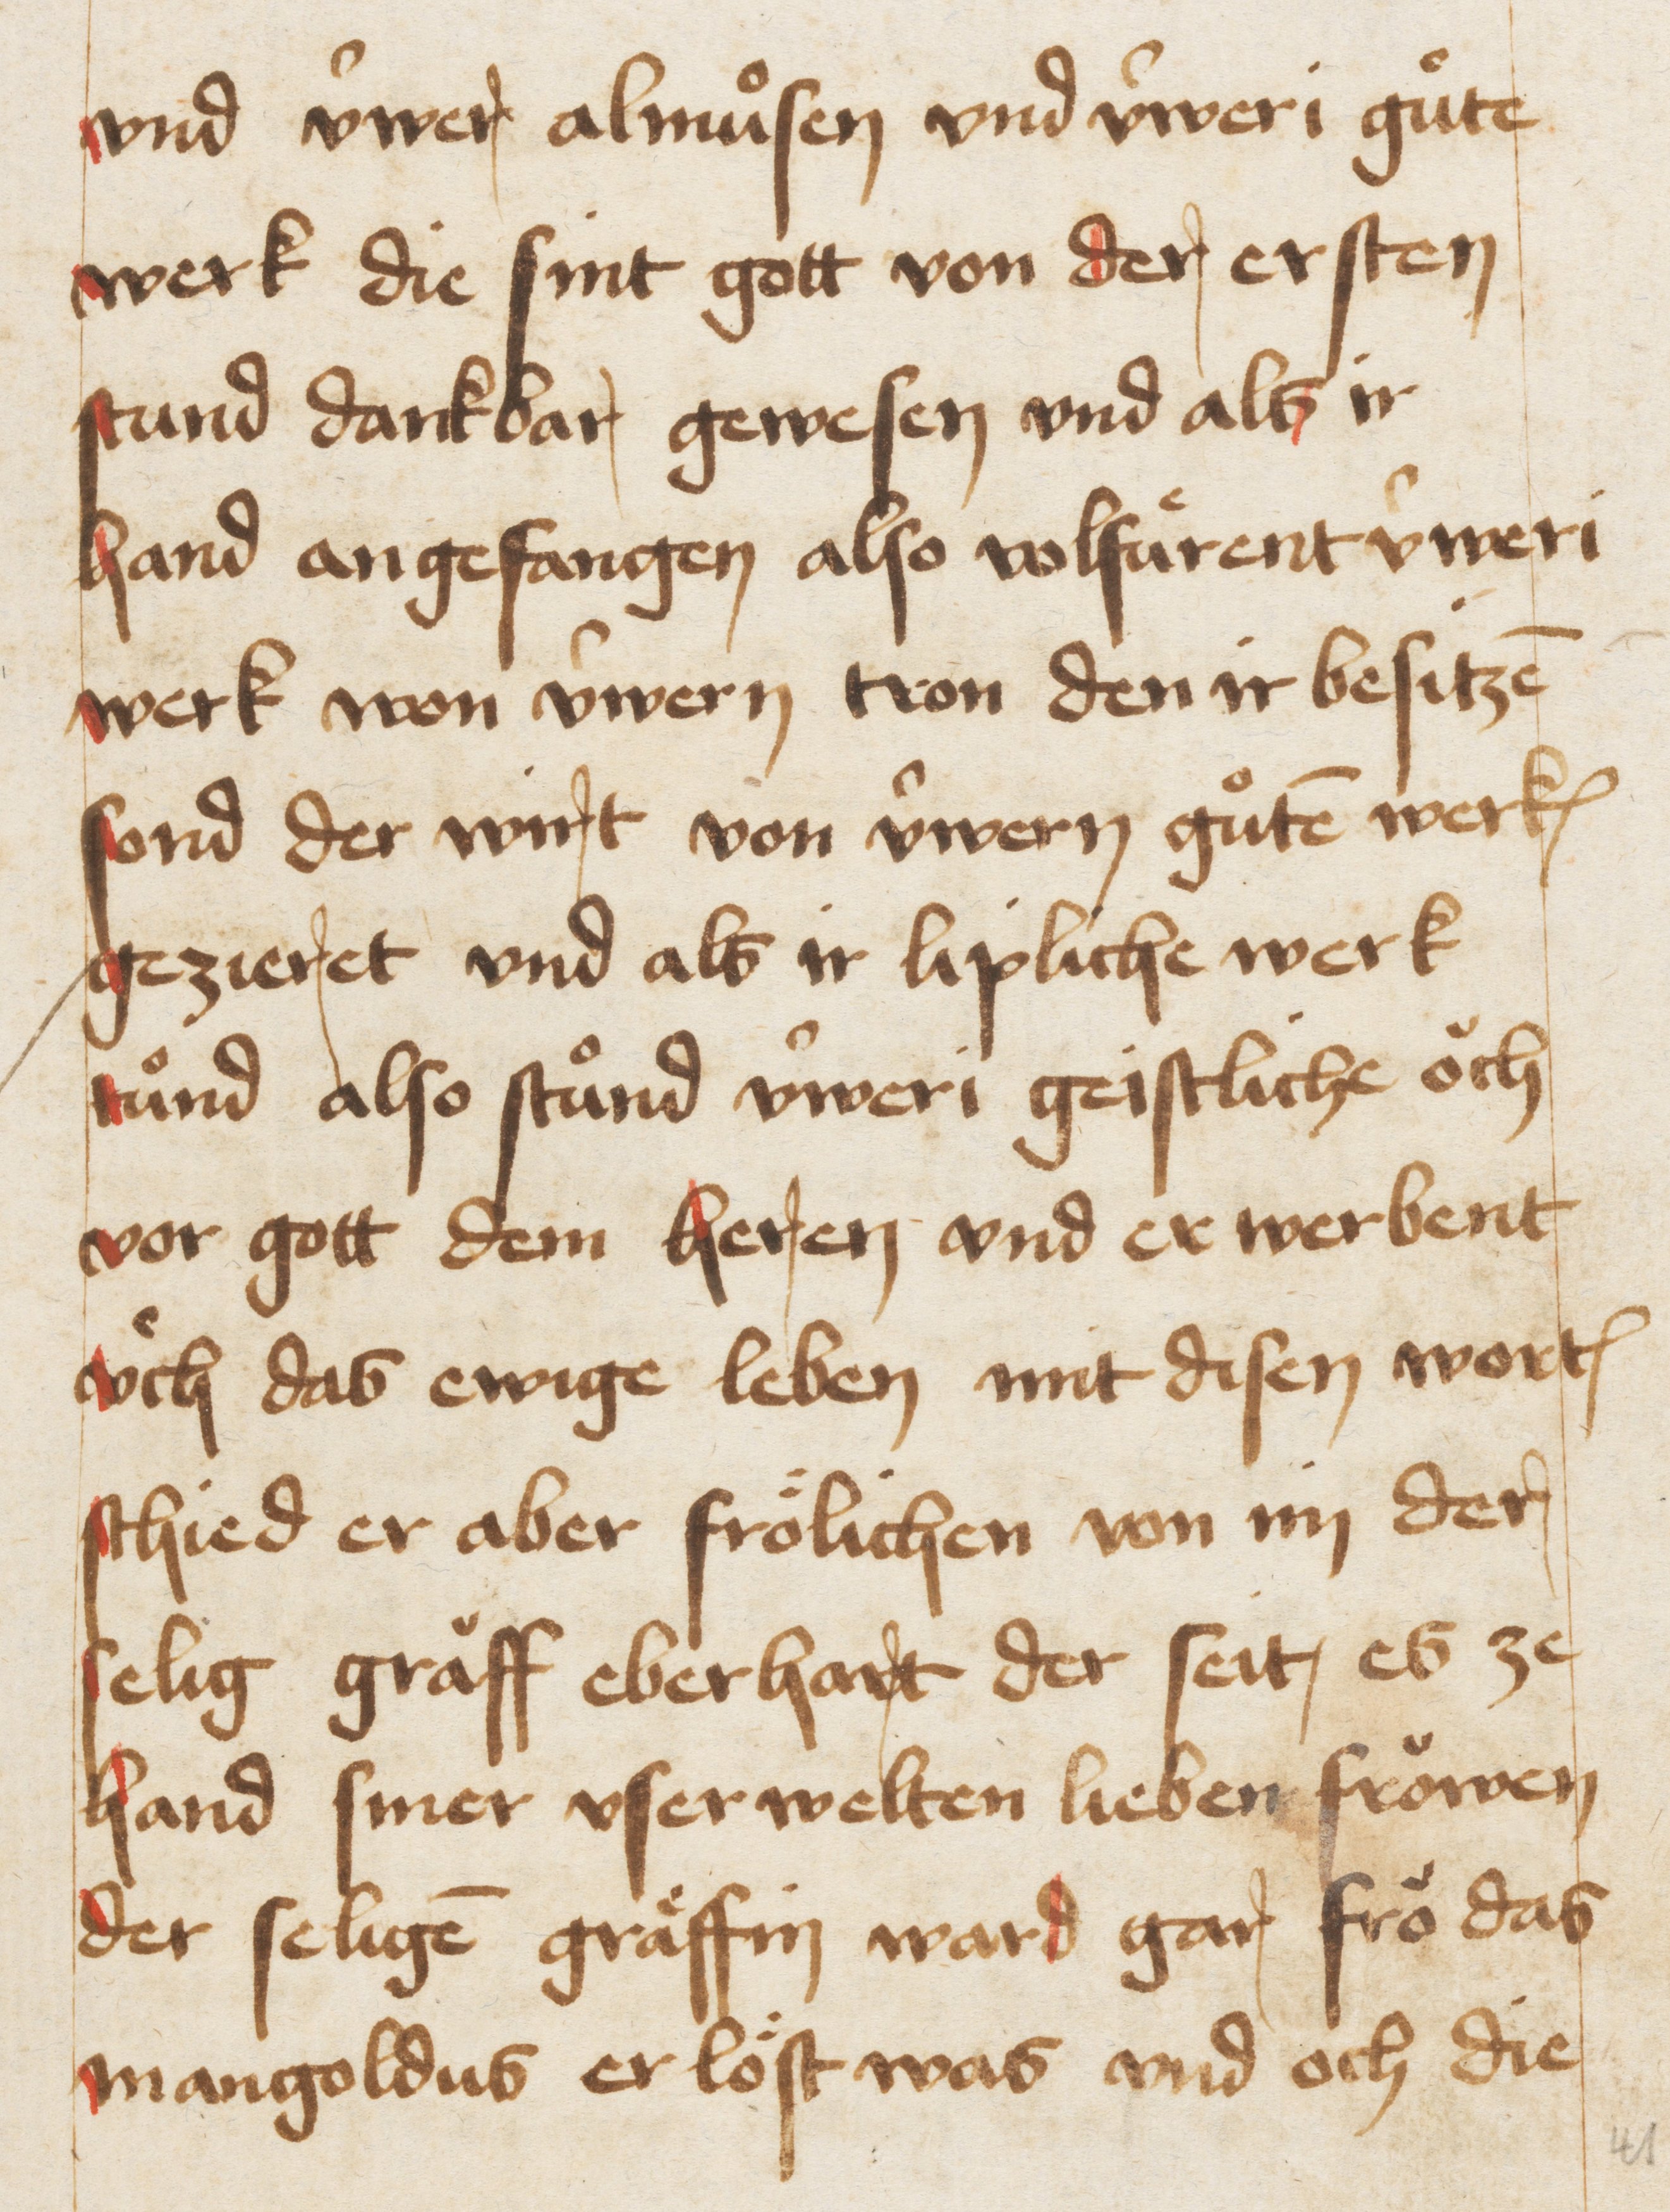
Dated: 1467–1467